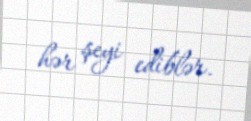
hər şeyi ediblər.